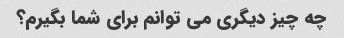
چه چیز دیگری می توانم برای شما بگیرم؟